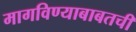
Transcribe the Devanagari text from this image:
मागविण्याबाबतची